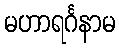
မဟာရင်္ဂနာမ